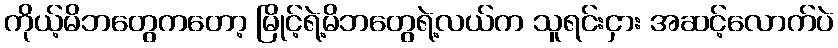
ကိုယ့်မိဘတွေကတော့ မြိုင့်ရဲ့မိဘတွေရဲ့လယ်က သူရင်းငှား အဆင့်လောက်ပဲ